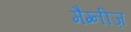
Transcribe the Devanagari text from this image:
मैग्नीज़